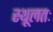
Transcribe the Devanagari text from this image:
स्थूलतः